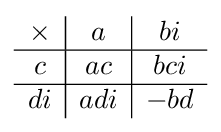
{\begin{array}{c|c|c}\times &a&bi\\\hline c&ac&bci\\\hline di&adi&-bd\end{array}}